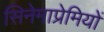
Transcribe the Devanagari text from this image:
सिनेमाप्रेमियों